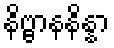
နိဗ္ဗာနနိန္နာ